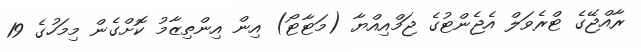
ރާއްޖޭގެ ޓްރެވަލް އެޖެންޓުގެ ޖަމްއިއްޔާ (މަޓާޓޯ) އިން އިންތިޒާމު ކޮށްގެން މިމަހުގެ 19